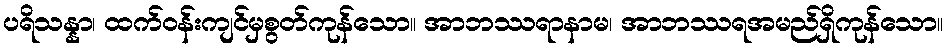
ပရိသန္နာ၊ ထက်ဝန်းကျင်မှစွတ်ကုန်သော။ အာဘဿရာနာမ၊ အာဘဿရအမည်ရှိကုန်သော။